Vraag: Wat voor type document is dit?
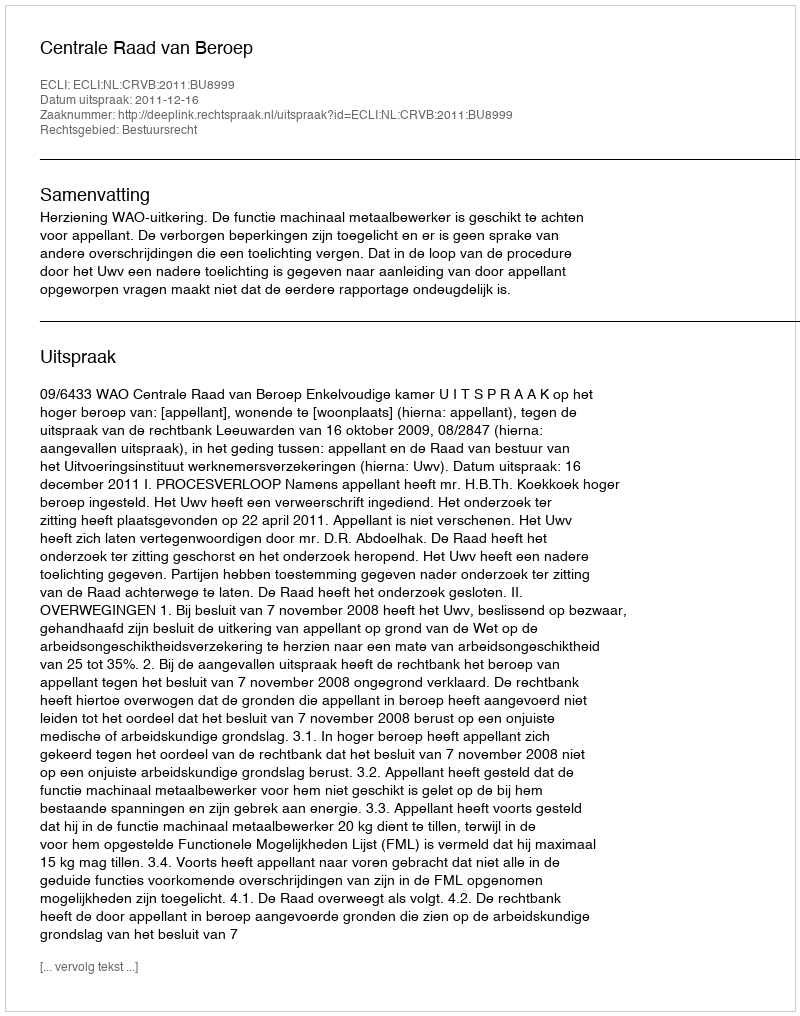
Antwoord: Uitspraak